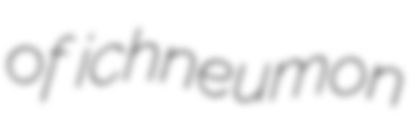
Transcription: of ichneumon